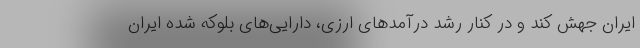
ایران جهش کند و در کنار رشد درآمدهای ارزی، دارایی‌های بلوکه شده ایران